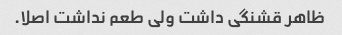
ظاهر قشنگی داشت ولی طعم نداشت اصلا.